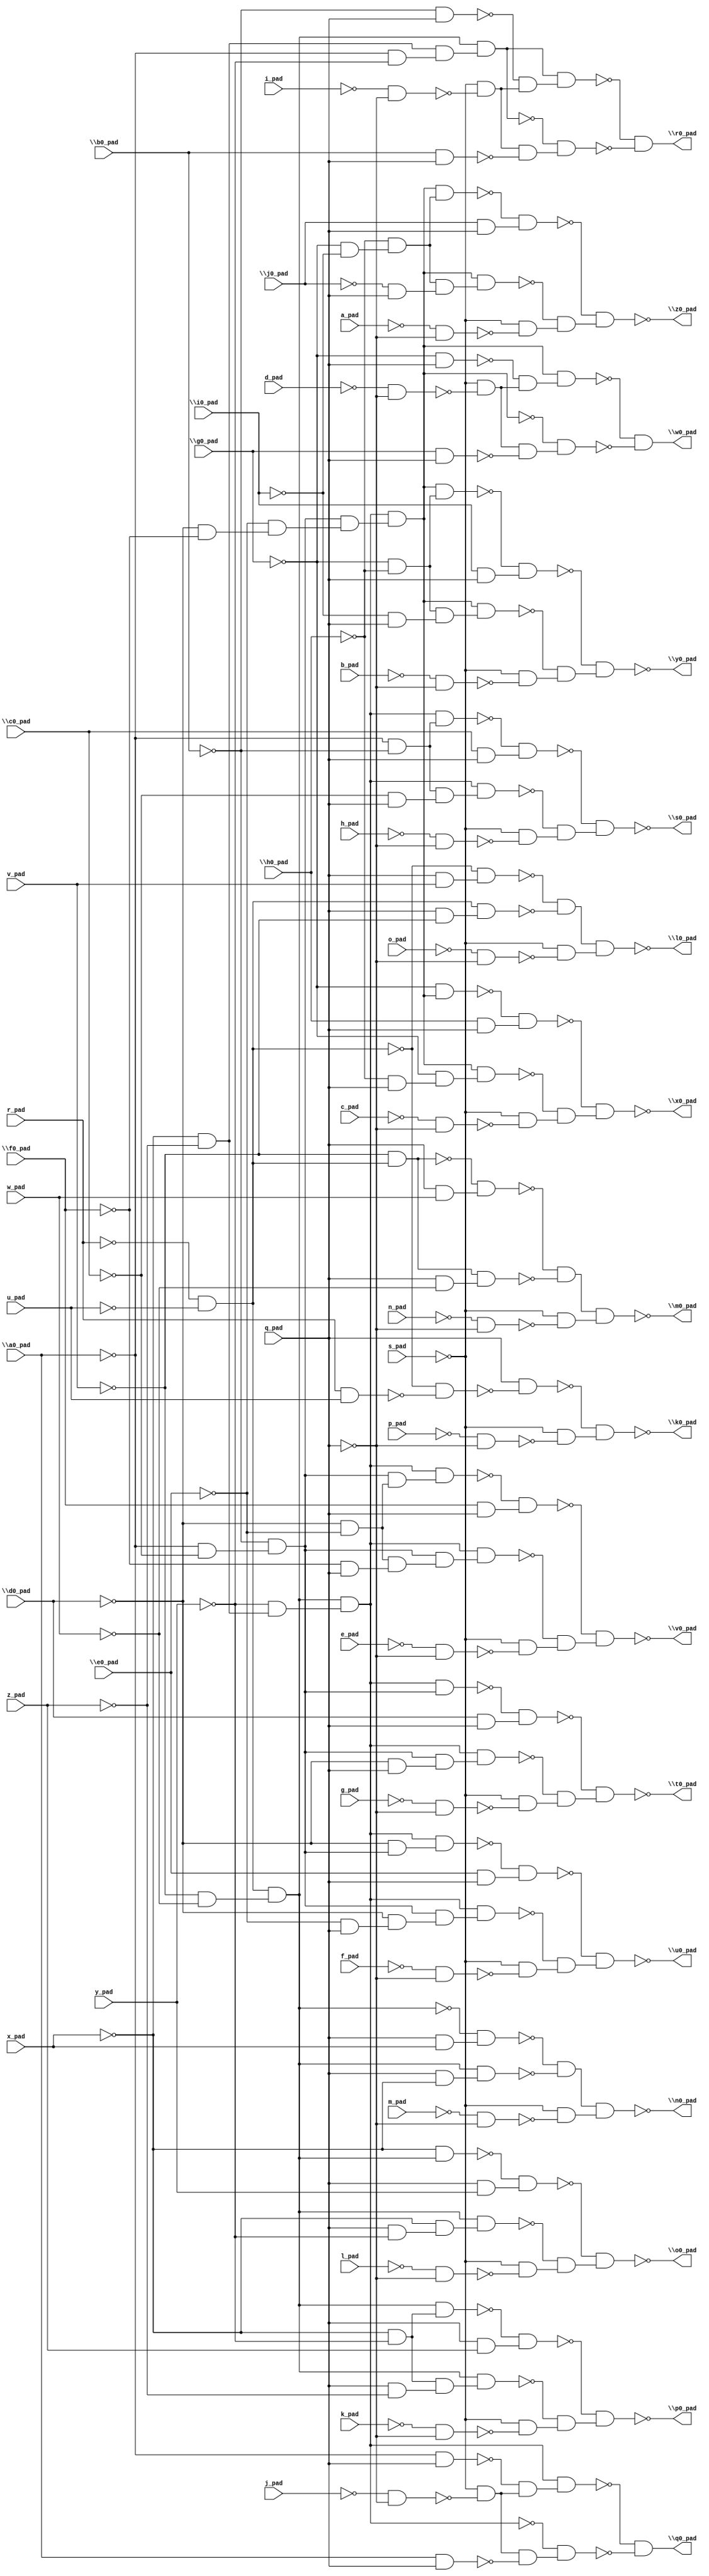
module top( \a0_pad  , a_pad , \b0_pad  , b_pad , \c0_pad  , c_pad , \d0_pad  , d_pad , \e0_pad  , e_pad , \f0_pad  , f_pad , \g0_pad  , g_pad , \h0_pad  , h_pad , \i0_pad  , i_pad , \j0_pad  , j_pad , k_pad , l_pad , m_pad , n_pad , o_pad , p_pad , q_pad , r_pad , s_pad , u_pad , v_pad , w_pad , x_pad , y_pad , z_pad , \k0_pad  , \l0_pad  , \m0_pad  , \n0_pad  , \o0_pad  , \p0_pad  , \q0_pad  , \r0_pad  , \s0_pad  , \t0_pad  , \u0_pad  , \v0_pad  , \w0_pad  , \x0_pad  , \y0_pad  , \z0_pad  );
  input \a0_pad  ;
  input a_pad ;
  input \b0_pad  ;
  input b_pad ;
  input \c0_pad  ;
  input c_pad ;
  input \d0_pad  ;
  input d_pad ;
  input \e0_pad  ;
  input e_pad ;
  input \f0_pad  ;
  input f_pad ;
  input \g0_pad  ;
  input g_pad ;
  input \h0_pad  ;
  input h_pad ;
  input \i0_pad  ;
  input i_pad ;
  input \j0_pad  ;
  input j_pad ;
  input k_pad ;
  input l_pad ;
  input m_pad ;
  input n_pad ;
  input o_pad ;
  input p_pad ;
  input q_pad ;
  input r_pad ;
  input s_pad ;
  input u_pad ;
  input v_pad ;
  input w_pad ;
  input x_pad ;
  input y_pad ;
  input z_pad ;
  output \k0_pad  ;
  output \l0_pad  ;
  output \m0_pad  ;
  output \n0_pad  ;
  output \o0_pad  ;
  output \p0_pad  ;
  output \q0_pad  ;
  output \r0_pad  ;
  output \s0_pad  ;
  output \t0_pad  ;
  output \u0_pad  ;
  output \v0_pad  ;
  output \w0_pad  ;
  output \x0_pad  ;
  output \y0_pad  ;
  output \z0_pad  ;
  wire n36 , n37 , n38 , n39 , n40 , n41 , n42 , n43 , n44 , n45 , n46 , n47 , n48 , n49 , n50 , n51 , n52 , n53 , n54 , n55 , n56 , n57 , n58 , n59 , n60 , n61 , n62 , n63 , n64 , n65 , n66 , n67 , n68 , n69 , n70 , n71 , n72 , n73 , n74 , n75 , n76 , n77 , n78 , n79 , n80 , n81 , n82 , n83 , n84 , n85 , n86 , n87 , n88 , n89 , n90 , n91 , n92 , n93 , n94 , n95 , n96 , n97 , n98 , n99 , n100 , n101 , n102 , n103 , n104 , n105 , n106 , n107 , n108 , n109 , n110 , n111 , n112 , n113 , n114 , n115 , n116 , n117 , n118 , n119 , n120 , n121 , n122 , n123 , n124 , n125 , n126 , n127 , n128 , n129 , n130 , n131 , n132 , n133 , n134 , n135 , n136 , n137 , n138 , n139 , n140 , n141 , n142 , n143 , n144 , n145 , n146 , n147 , n148 , n149 , n150 , n151 , n152 , n153 , n154 , n155 , n156 , n157 , n158 , n159 , n160 , n161 , n162 , n163 , n164 , n165 , n166 , n167 , n168 , n169 , n170 , n171 , n172 , n173 , n174 , n175 , n176 , n177 , n178 , n179 , n180 , n181 , n182 , n183 , n184 , n185 , n186 , n187 , n188 , n189 , n190 , n191 , n192 , n193 , n194 , n195 , n196 , n197 , n198 , n199 , n200 , n201 , n202 , n203 , n204 , n205 , n206 , n207 , n208 ;
  assign n36 = ~r_pad & ~u_pad ;
  assign n37 = r_pad & u_pad ;
  assign n38 = ~n36 & ~n37 ;
  assign n39 = q_pad & ~n38 ;
  assign n40 = ~p_pad & ~q_pad ;
  assign n41 = ~s_pad & ~n40 ;
  assign n42 = ~n39 & n41 ;
  assign n43 = q_pad & v_pad ;
  assign n44 = ~n36 & n43 ;
  assign n45 = q_pad & ~v_pad ;
  assign n46 = n36 & n45 ;
  assign n47 = ~n44 & ~n46 ;
  assign n48 = ~o_pad & ~q_pad ;
  assign n49 = ~s_pad & ~n48 ;
  assign n50 = n47 & n49 ;
  assign n51 = ~v_pad & n36 ;
  assign n52 = q_pad & w_pad ;
  assign n53 = ~n51 & n52 ;
  assign n54 = q_pad & ~w_pad ;
  assign n55 = n51 & n54 ;
  assign n56 = ~n53 & ~n55 ;
  assign n57 = ~n_pad & ~q_pad ;
  assign n58 = ~s_pad & ~n57 ;
  assign n59 = n56 & n58 ;
  assign n60 = ~v_pad & ~w_pad ;
  assign n61 = n36 & n60 ;
  assign n62 = q_pad & x_pad ;
  assign n63 = ~n61 & n62 ;
  assign n64 = q_pad & ~x_pad ;
  assign n65 = n61 & n64 ;
  assign n66 = ~n63 & ~n65 ;
  assign n67 = ~m_pad & ~q_pad ;
  assign n68 = ~s_pad & ~n67 ;
  assign n69 = n66 & n68 ;
  assign n70 = ~x_pad & n61 ;
  assign n71 = q_pad & y_pad ;
  assign n72 = ~n70 & n71 ;
  assign n73 = q_pad & ~y_pad ;
  assign n74 = ~x_pad & n73 ;
  assign n75 = n61 & n74 ;
  assign n76 = ~l_pad & ~q_pad ;
  assign n77 = ~s_pad & ~n76 ;
  assign n78 = ~n75 & n77 ;
  assign n79 = ~n72 & n78 ;
  assign n80 = ~x_pad & ~y_pad ;
  assign n81 = n61 & n80 ;
  assign n82 = q_pad & z_pad ;
  assign n83 = ~n81 & n82 ;
  assign n84 = q_pad & ~z_pad ;
  assign n85 = n80 & n84 ;
  assign n86 = n61 & n85 ;
  assign n87 = ~k_pad & ~q_pad ;
  assign n88 = ~s_pad & ~n87 ;
  assign n89 = ~n86 & n88 ;
  assign n90 = ~n83 & n89 ;
  assign n91 = ~x_pad & ~z_pad ;
  assign n92 = ~y_pad & n91 ;
  assign n93 = n61 & n92 ;
  assign n94 = ~\a0_pad  & q_pad ;
  assign n95 = ~j_pad & ~q_pad ;
  assign n96 = ~s_pad & ~n95 ;
  assign n97 = ~n94 & n96 ;
  assign n98 = n93 & n97 ;
  assign n99 = \a0_pad  & q_pad ;
  assign n100 = n96 & ~n99 ;
  assign n101 = ~n93 & n100 ;
  assign n102 = ~n98 & ~n101 ;
  assign n103 = ~\a0_pad  & ~y_pad ;
  assign n104 = n91 & n103 ;
  assign n105 = n61 & n104 ;
  assign n106 = ~\b0_pad  & q_pad ;
  assign n107 = ~i_pad & ~q_pad ;
  assign n108 = ~s_pad & ~n107 ;
  assign n109 = ~n106 & n108 ;
  assign n110 = n105 & n109 ;
  assign n111 = \b0_pad  & q_pad ;
  assign n112 = n108 & ~n111 ;
  assign n113 = ~n105 & n112 ;
  assign n114 = ~n110 & ~n113 ;
  assign n115 = ~\a0_pad  & ~\b0_pad  ;
  assign n116 = n93 & n115 ;
  assign n117 = \c0_pad  & q_pad ;
  assign n118 = ~n116 & n117 ;
  assign n119 = ~\c0_pad  & q_pad ;
  assign n120 = n115 & n119 ;
  assign n121 = n93 & n120 ;
  assign n122 = ~h_pad & ~q_pad ;
  assign n123 = ~s_pad & ~n122 ;
  assign n124 = ~n121 & n123 ;
  assign n125 = ~n118 & n124 ;
  assign n126 = ~\a0_pad  & ~\c0_pad  ;
  assign n127 = ~\b0_pad  & n126 ;
  assign n128 = n93 & n127 ;
  assign n129 = \d0_pad  & q_pad ;
  assign n130 = ~n128 & n129 ;
  assign n131 = ~\d0_pad  & q_pad ;
  assign n132 = n127 & n131 ;
  assign n133 = n93 & n132 ;
  assign n134 = ~g_pad & ~q_pad ;
  assign n135 = ~s_pad & ~n134 ;
  assign n136 = ~n133 & n135 ;
  assign n137 = ~n130 & n136 ;
  assign n138 = ~\d0_pad  & n127 ;
  assign n139 = n93 & n138 ;
  assign n140 = \e0_pad  & q_pad ;
  assign n141 = ~n139 & n140 ;
  assign n142 = ~\e0_pad  & q_pad ;
  assign n143 = ~\d0_pad  & n142 ;
  assign n144 = n127 & n143 ;
  assign n145 = n93 & n144 ;
  assign n146 = ~f_pad & ~q_pad ;
  assign n147 = ~s_pad & ~n146 ;
  assign n148 = ~n145 & n147 ;
  assign n149 = ~n141 & n148 ;
  assign n150 = ~\d0_pad  & ~\e0_pad  ;
  assign n151 = n127 & n150 ;
  assign n152 = n93 & n151 ;
  assign n153 = \f0_pad  & q_pad ;
  assign n154 = ~n152 & n153 ;
  assign n155 = ~\f0_pad  & q_pad ;
  assign n156 = n150 & n155 ;
  assign n157 = n127 & n156 ;
  assign n158 = n93 & n157 ;
  assign n159 = ~e_pad & ~q_pad ;
  assign n160 = ~s_pad & ~n159 ;
  assign n161 = ~n158 & n160 ;
  assign n162 = ~n154 & n161 ;
  assign n163 = ~\d0_pad  & ~\f0_pad  ;
  assign n164 = ~\e0_pad  & n163 ;
  assign n165 = n127 & n164 ;
  assign n166 = n93 & n165 ;
  assign n167 = ~\g0_pad  & q_pad ;
  assign n168 = ~d_pad & ~q_pad ;
  assign n169 = ~s_pad & ~n168 ;
  assign n170 = ~n167 & n169 ;
  assign n171 = n166 & n170 ;
  assign n172 = \g0_pad  & q_pad ;
  assign n173 = n169 & ~n172 ;
  assign n174 = ~n166 & n173 ;
  assign n175 = ~n171 & ~n174 ;
  assign n176 = ~\g0_pad  & n166 ;
  assign n177 = \h0_pad  & q_pad ;
  assign n178 = ~n176 & n177 ;
  assign n179 = ~\h0_pad  & q_pad ;
  assign n180 = ~\g0_pad  & n179 ;
  assign n181 = n166 & n180 ;
  assign n182 = ~c_pad & ~q_pad ;
  assign n183 = ~s_pad & ~n182 ;
  assign n184 = ~n181 & n183 ;
  assign n185 = ~n178 & n184 ;
  assign n186 = ~\g0_pad  & ~\h0_pad  ;
  assign n187 = n166 & n186 ;
  assign n188 = \i0_pad  & q_pad ;
  assign n189 = ~n187 & n188 ;
  assign n190 = ~\i0_pad  & q_pad ;
  assign n191 = n186 & n190 ;
  assign n192 = n166 & n191 ;
  assign n193 = ~b_pad & ~q_pad ;
  assign n194 = ~s_pad & ~n193 ;
  assign n195 = ~n192 & n194 ;
  assign n196 = ~n189 & n195 ;
  assign n197 = ~\g0_pad  & ~\i0_pad  ;
  assign n198 = ~\h0_pad  & n197 ;
  assign n199 = n166 & n198 ;
  assign n200 = \j0_pad  & q_pad ;
  assign n201 = ~n199 & n200 ;
  assign n202 = ~\j0_pad  & q_pad ;
  assign n203 = n198 & n202 ;
  assign n204 = n166 & n203 ;
  assign n205 = ~a_pad & ~q_pad ;
  assign n206 = ~s_pad & ~n205 ;
  assign n207 = ~n204 & n206 ;
  assign n208 = ~n201 & n207 ;
  assign \k0_pad  = ~n42 ;
  assign \l0_pad  = ~n50 ;
  assign \m0_pad  = ~n59 ;
  assign \n0_pad  = ~n69 ;
  assign \o0_pad  = ~n79 ;
  assign \p0_pad  = ~n90 ;
  assign \q0_pad  = n102 ;
  assign \r0_pad  = n114 ;
  assign \s0_pad  = ~n125 ;
  assign \t0_pad  = ~n137 ;
  assign \u0_pad  = ~n149 ;
  assign \v0_pad  = ~n162 ;
  assign \w0_pad  = n175 ;
  assign \x0_pad  = ~n185 ;
  assign \y0_pad  = ~n196 ;
  assign \z0_pad  = ~n208 ;
endmodule